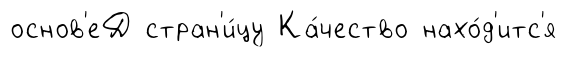
основ'еД стран'и́цу Ка́чество нахо́д'итс'я